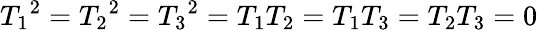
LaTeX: {T_{1}}^{2}={T_{2}}^{2}={T_{3}}^{2}=T_{1}T_{2}=T_{1}T_{3}=T_{2}T_{3}=0